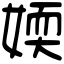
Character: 媆